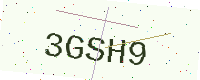
Text: 3GSH9